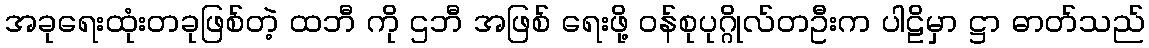
အခုရေးထုံးတခုဖြစ်တဲ့ ထဘီ ကို ဌဘီ အဖြစ် ရေးဖို့ ဝန်စုပုဂ္ဂိုလ်တဦးက ပါဠိမှာ ဋ္ဌာ ဓာတ်သည်